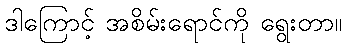
ဒါကြောင့် အစိမ်းရောင်ကို ရွေးတာ။